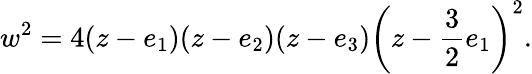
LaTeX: w^{2}=4(z-e_{1})(z-e_{2})(z-e_{3})\left(z-{\frac{3}{2}}e_{1}\right)^{2}.